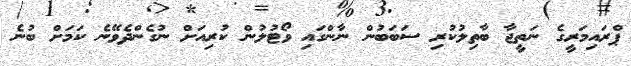
ޕްރައިމަރީގެ ނަތީޖާ ބާތިލުކުރި ސަބަބުން ނާންގައި ވޯޓުލުން ކުރިއަށް ނުގެންދެވޭނެ ކަމަށް ބުނެ